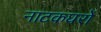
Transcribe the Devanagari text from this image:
नाटकघरों